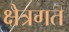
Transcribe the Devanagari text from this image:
क्षेत्रगत